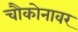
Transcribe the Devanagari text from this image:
चौकोनावर